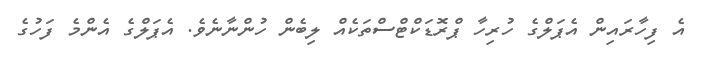
އެ ފިހާރައިން އެޕަލްގެ ހުރިހާ ޕްރޮޑަކްޓްސްތަކެއް ލިބެން ހުންނާނެވެ. އެޕަލްގެ އެންމެ ފަހުގެ